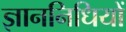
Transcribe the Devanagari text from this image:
ज्ञाननिधियों